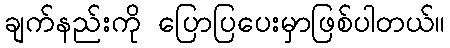
ချက်နည်းကို ပြောပြပေးမှာဖြစ်ပါတယ်။